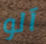
آلو